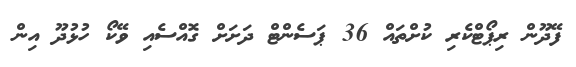
ފޭދޫން ރިޕޯޓްކެރި ކުށްތައް 36 ޕަސެންޓް ދަށަށް ގޮއްސެއި ވޭކޯ ހުޅުދޫ އިން